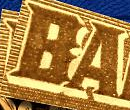
BA